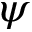
\boldsymbol { \psi }